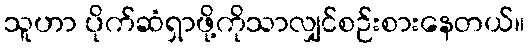
သူဟာ ပိုက်ဆံရှာဖို့ကိုသာလျှင်စဉ်းစားနေတယ်။